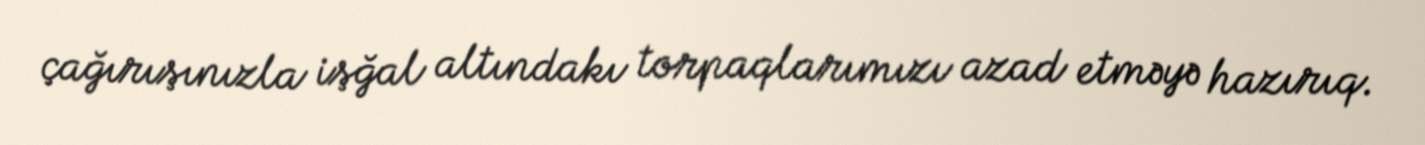
çağırışınızla işğal altındakı torpaqlarımızı azad etməyə hazırıq.